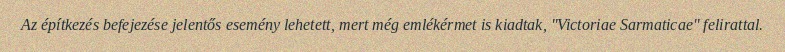
Az építkezés befejezése jelentős esemény lehetett, mert még emlékérmet is kiadtak, "Victoriae Sarmaticae" felirattal.